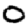
Digit: 0